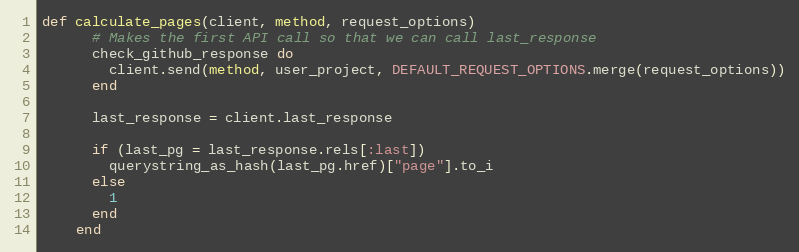
Language: Ruby
def calculate_pages(client, method, request_options)
      # Makes the first API call so that we can call last_response
      check_github_response do
        client.send(method, user_project, DEFAULT_REQUEST_OPTIONS.merge(request_options))
      end

      last_response = client.last_response

      if (last_pg = last_response.rels[:last])
        querystring_as_hash(last_pg.href)["page"].to_i
      else
        1
      end
    end